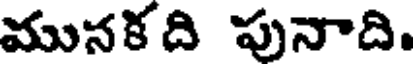
మునకది పునాది.